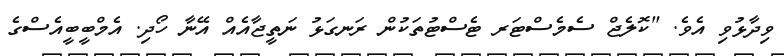
ވިދާޅުވި އެވެ. "ކޮލެޖް ސެމެސްޓަރ ޓެސްޓުތަކުން ރަނގަޅު ނަތީޖާއެއް އޭނާ ހޯދި. އެމްބީބީއެސްގެ